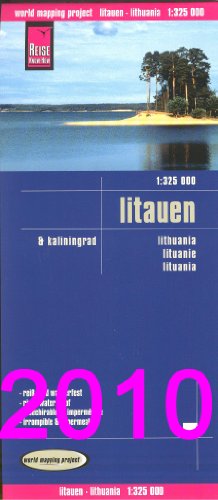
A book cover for Lithuania: Road Map; Reise Knowhow; Travel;